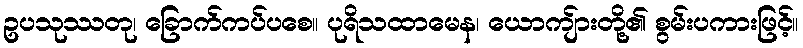
ဥပသုဿတု၊ ခြောက်ကပ်ပစေ။ ပုရိသထာမေန၊ ယောကျ်ားတို့၏ စွမ်းပကားဖြင့်။